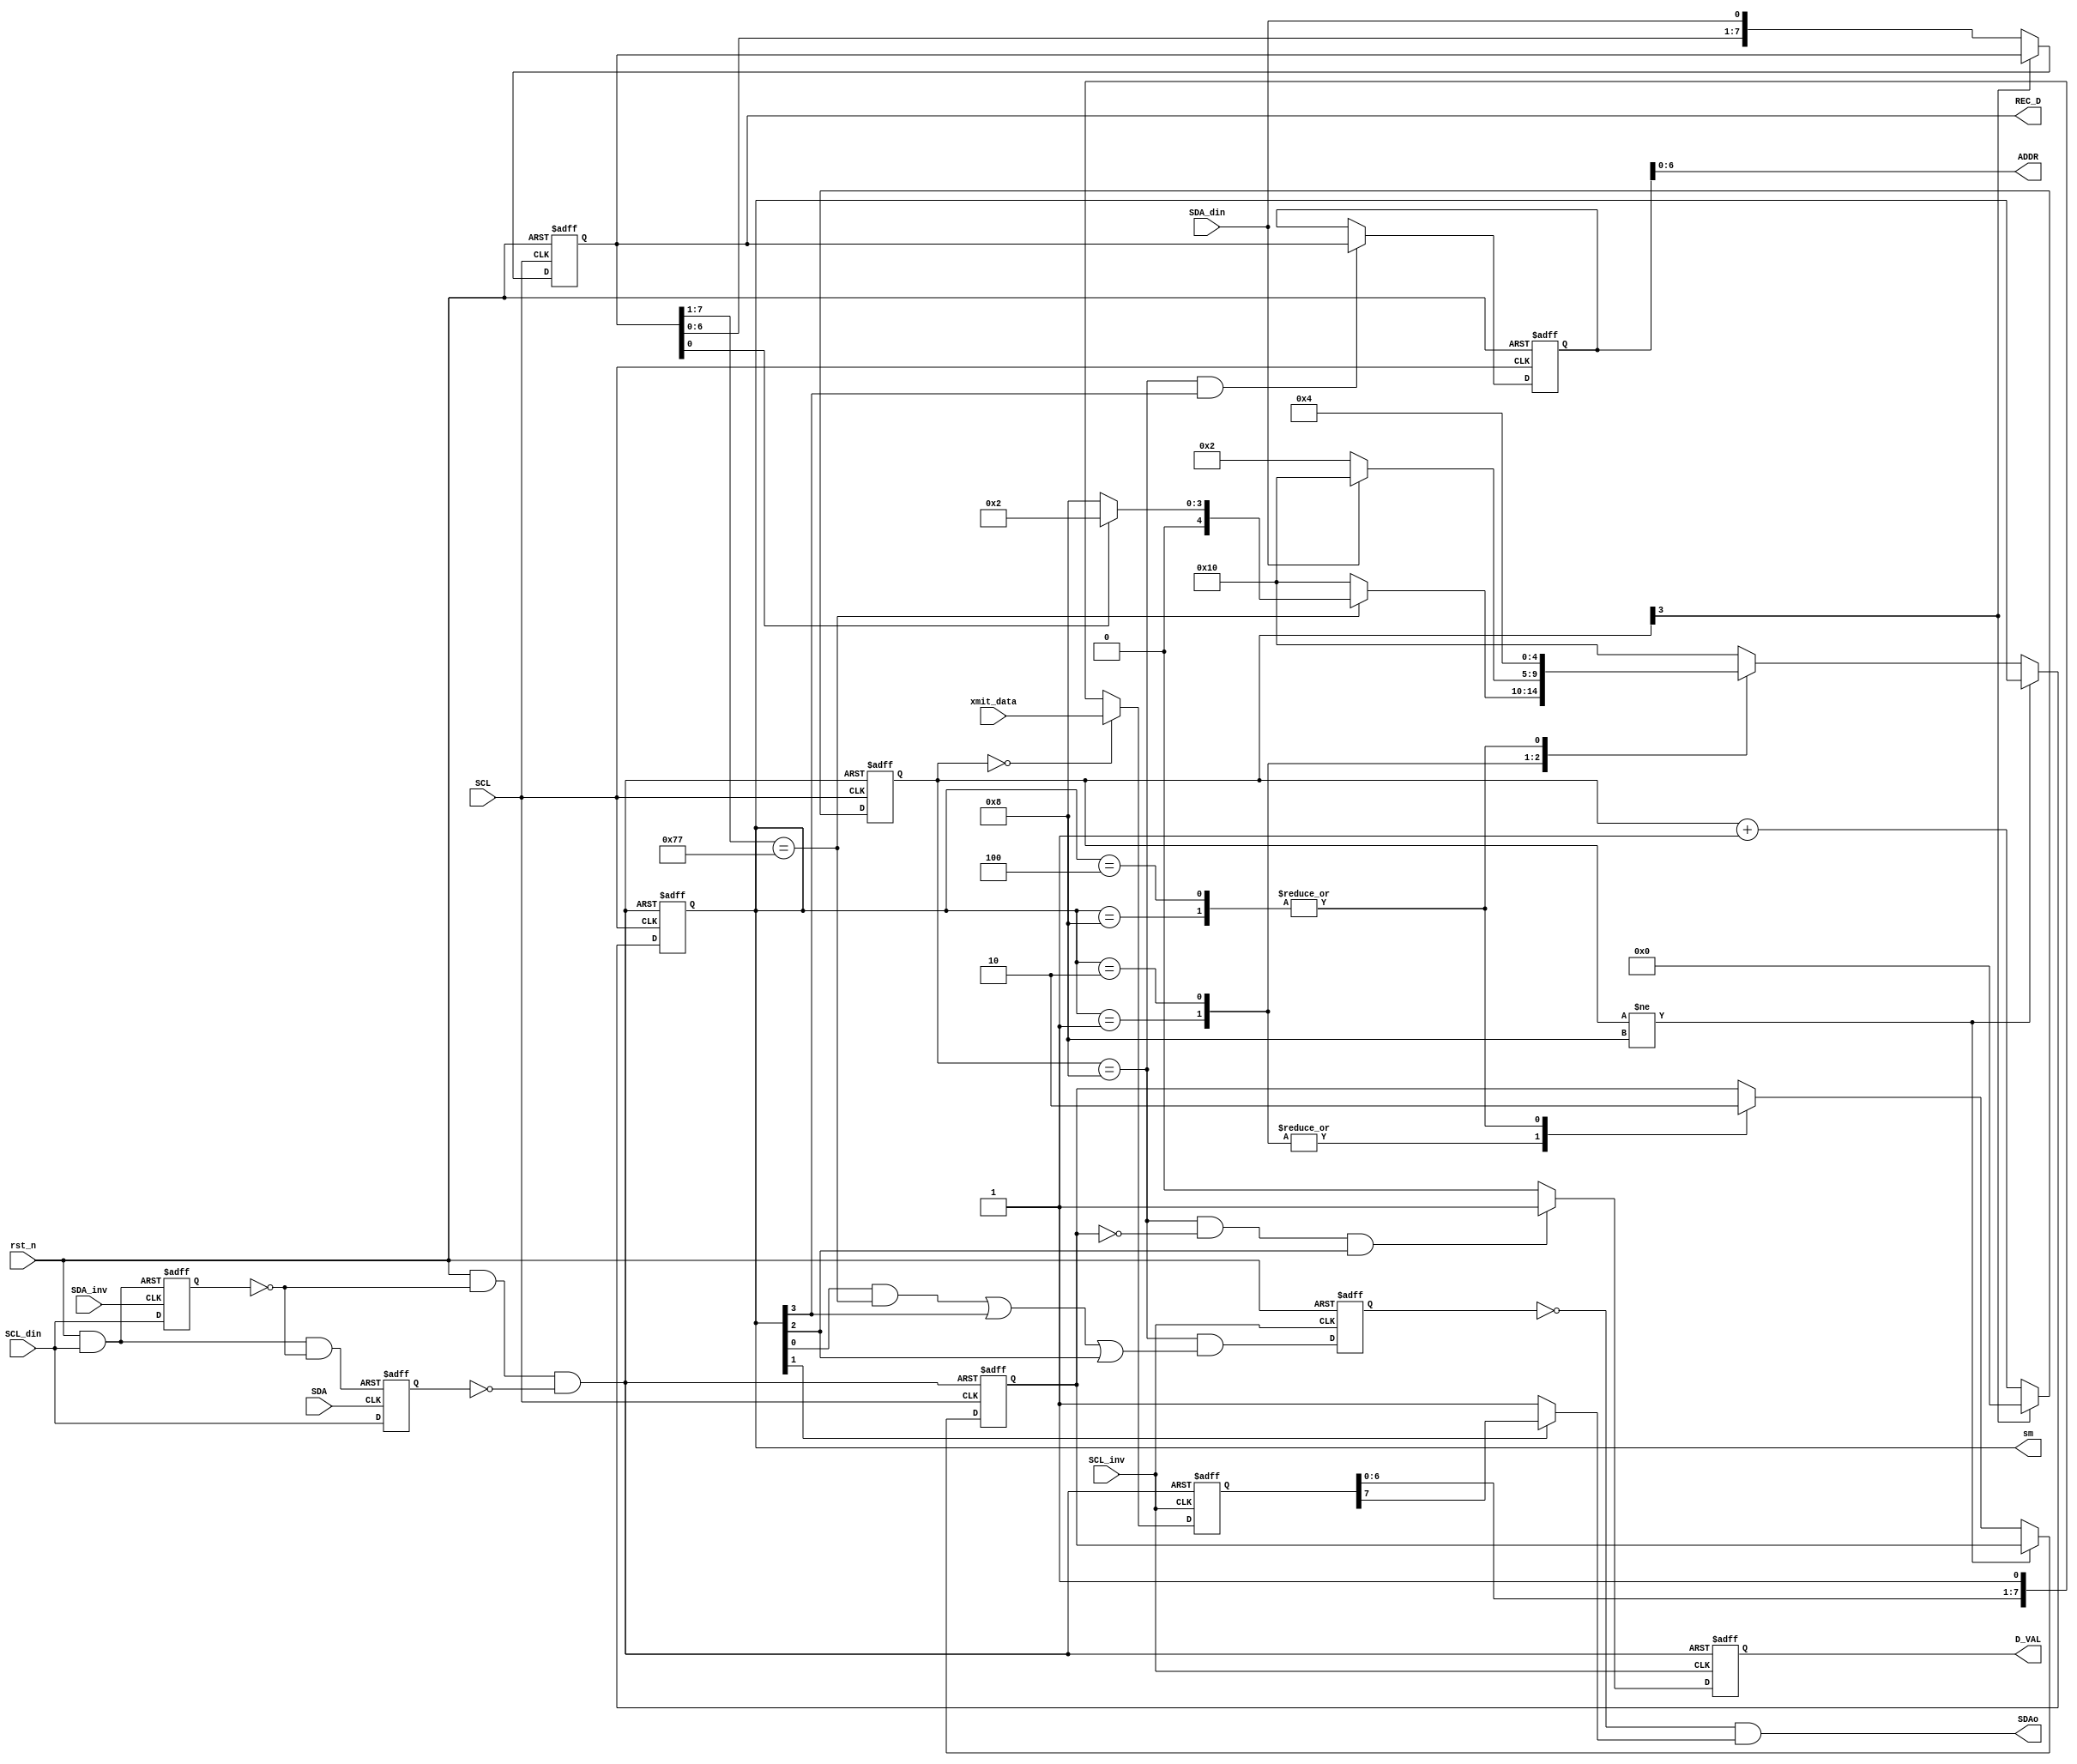
module I2CCtl(
/*AUTOARG*/
   // Outputs
   SDAo, ADDR, REC_D, D_VAL, sm,
   // Inputs
   SCL, SDA, SCL_inv, SDA_inv, SCL_din, SDA_din, rst_n, xmit_data
   );

input           SCL;
input           SDA;
input           SCL_inv;
input           SDA_inv;
input           SCL_din;
input           SDA_din;
input           rst_n;
input   [7:0]   xmit_data;

output          SDAo;
output  [6:0]   ADDR;
output  [7:0]   REC_D;
output          D_VAL;
output  [4:0]   sm;

parameter SM_IDLE       = 0 , St_SM_IDLE       = 5'b0_0001;
parameter SM_READ       = 1 , St_SM_READ       = 5'b0_0010;
parameter SM_WRITE      = 2 , St_SM_WRITE      = 5'b0_0100;
parameter SM_WRITE_ADDP = 3 , St_SM_WRITE_ADDP = 5'b0_1000;
parameter SM_NOT_ME     = 4 , St_SM_NOT_ME     = 5'b1_0000;

parameter SL_ADDR = 7'h77;

//reg declaration
reg [3:0] bit_cnt;
reg [4:0] sm;
reg       RNW;
reg       D_VAL;
reg [7:0] addp;
reg       drive_ack;
reg       detect_s;
reg       detect_p;
reg [7:0] rec_data;
reg [7:0] xmit_shift;

//wire declaration
wire      sda_down_xmit;

//
assign ADDR  = addp;
assign REC_D = rec_data;

// bit count, state machine
assign rst_n_sm = rst_n & ~detect_s & ~detect_p;
always@(posedge SCL or negedge rst_n_sm) 
begin
    if(~rst_n_sm)
    begin
        bit_cnt     <= 4'b0000;
        sm          <= St_SM_IDLE;
        RNW         <= 1'b1;
    end
    else
    begin
        // count from 0 to 8
        if(bit_cnt[3])  bit_cnt <= 4'b0000;
        else            bit_cnt <= bit_cnt + 4'b0001;

        if(bit_cnt != 4'b1000)
        begin
            RNW     <= RNW;
            sm      <= sm;
        end
        else
        begin
            case(sm)
                St_SM_IDLE:
                begin
                    if(rec_data[7:1] == SL_ADDR[6:0])
                    begin
                        if(rec_data[0] == 1'b1)
                        begin
                            RNW <= 1'b1;
                            sm  <= St_SM_READ;
                        end
                        else
                        begin
                            RNW <= 1'b1;
                            sm  <= St_SM_WRITE_ADDP;
                        end
                    end
                    else
                    begin
                        RNW <= 1'b1;
                        sm  <= St_SM_NOT_ME;
                    end
                end
                St_SM_READ:
                begin
                    RNW <= 1'b1;
                    if(SDA_din) // master not ack
                        sm  <= St_SM_NOT_ME;
                    else // master ack
                        sm  <= St_SM_READ;
                end
                St_SM_WRITE_ADDP:
                begin
                    RNW <= 1'b0;
                    sm  <= St_SM_WRITE;
                end
                St_SM_WRITE:
                begin
                    RNW <= 1'b0;
                    sm  <= St_SM_WRITE;
                end
                default:
                begin
                    RNW <= RNW;
                    sm  <= St_SM_NOT_ME;
                end
            endcase
        end
    end
end

always@(posedge SCL_inv or negedge rst_n_sm)
begin
    if(!rst_n_sm)
        D_VAL <= 1'b0;
    else
    begin
        if(bit_cnt[3:0] == 4'b1000 && RNW == 1'b0 && sm[SM_WRITE])
            D_VAL <= 1'b1;
        else
            D_VAL <= 1'b0;
    end
end

// addp: address pointer
always @(posedge SCL or negedge rst_n)
    if(~rst_n)
        addp[7:0] <= 8'b0000_0000;
    else if((bit_cnt[3:0] == 4'b1000) & sm[SM_WRITE_ADDP])
        addp[7:0] <= rec_data[7:0];

always @(posedge SCL_inv or negedge rst_n)
begin
    if(!rst_n)  drive_ack <= 1'b0;
    else        drive_ack <= bit_cnt[3:0] == 4'b1000 && (
                             // ACK slave address
                             (sm[SM_IDLE] && (rec_data[7:1] == SL_ADDR[6:0])) ||
                             // ACK address pointer write
                             sm[SM_WRITE_ADDP] ||
                             // ACK data write
                             sm[SM_WRITE] 
                            );
end

// actively drive low, passively high
assign Tx_out = sm[SM_READ] ? sda_down_xmit : 1'b1;
assign SDAo = !drive_ack & Tx_out;

// detect_s, detect_p
// I2C start/stop event detection
assign rst_n_s = rst_n & SCL_din;
always@(posedge SDA_inv or negedge rst_n_s)
    if(~rst_n_s)
        detect_s <= 1'b0;
    else
        detect_s <= SCL_din;

assign rst_n_p = rst_n & SCL_din & ~detect_s;
always@(posedge SDA or negedge rst_n_p)
    if(~rst_n_p)
        detect_p <= 1'b0;
    else
        detect_p <= SCL_din;

// received data
always @(posedge SCL or negedge rst_n)
begin
    if(~rst_n)
        rec_data[7:0] <= 8'h00;
    else
        if(bit_cnt[3])
            rec_data[7:0] <= rec_data[7:0];
        else
            rec_data[7:0] <= {rec_data[6:0], SDA_din};
end

// transmit shifter
assign rst_n_sf = rst_n & ~detect_s & ~detect_p;
always @(posedge SCL_inv or  negedge rst_n_sf)
begin
    if(~rst_n_sf)
        xmit_shift[7:0] <= 8'hff;
    else
        if(bit_cnt[3:0] == 4'b0000)
            xmit_shift[7:0] <= xmit_data[7:0];
        else
            xmit_shift[7:0] <= {xmit_shift[6:0], 1'b1};
end

assign sda_down_xmit = xmit_shift[7];

endmodule